Report on vaccination in Madras 1922-1929 - 1922-1929
Year: 1922
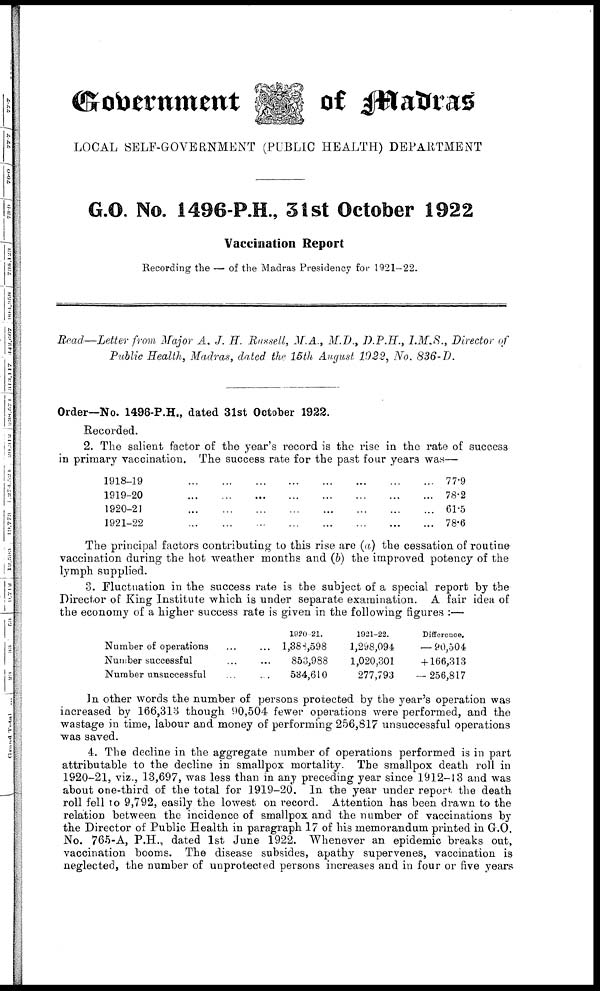
Government
of Madras
LOCAL SELF-GOVERNMENT (PUBLIC HEALTH) DEPARTMENT
G.O. No. 1496-P.H, 31st October 1922
Vaccination Report
Recording the — of the Madras Presidency for 1921-22.
Read—Letter from Major A. J. H. Russell, M.A., M.D., D.P.H., I.M.S., Director of
Public Health, Madras, dated the 15th August 1922, No. 836-D.
Order—No. 1496-P.H., dated 31st October 1922.
Recorded.
2. The salient factor of the year's record is the rise in the rate of success
in primary vaccination. The success rate for the past four years was—
1918-19
... ... ... ... ... ... ... ... ...
1919-20
...
...
...
...
...
...
...
...
...
1920-21
...
...
...
...
...
...
...
...
...
1921-22
...
...
...
...
...
...
...
...
...
77.9
78.2
61.5
78.6
The principal factors contributing to this rise are (a) the cessation of routine
vaccination during the hot weather months and (b) the improved potency of the
lymph supplied.
3. Fluctuation in the success rate is the subject of a special report by the
Director of King Institute which is under separate examination. A fair idea of
the economy of a higher success rate is given in the following figures :—
Number of operations ... ...
Number successful ... ...
Number unsuccessful ... ...
1920-21.
1,388,598
853,988
534,610
1921-22.
1,298,094
1,020,301
277,793
Difference.
— 90,504
+ 166,313
— 256,817
In other words the number of persons protected by the year's operation was
increased by 166,313 though 90,504 fewer operations were performed, and the
wastage in time, labour and money of performing 256,817 unsuccessful operations
was saved.
4. The decline in the aggregate number of operations performed is in part
attributable to the decline in smallpox mortality. The smallpox death roll in
1920-21, viz., 13,697, was less than in any preceding year since 1912-13 and was
about one-third of the total for 1919-20. In the year under report the death
roll fell to 9,792, easily the lowest on record. Attention has been drawn to the
relation between the incidence of smallpox and the number of vaccinations by
the Director of Public Health in paragraph 17 of his memorandum printed in G.O.
No. 765-A, P.H., dated 1st June 1922. Whenever an epidemic breaks out,
vaccination booms. The disease subsides, apathy supervenes, vaccination is
neglected, the number of unprotected persons increases and in four or five years